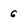
Character: 6